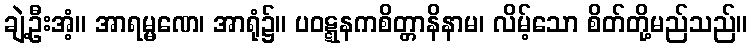
ချဲ့ဦးအံ့။ အာရမ္မဏေ၊ အာရုံ၌။ ပဝဋ္ဋနကစိတ္တာနိနာမ၊ လိမ့်သော စိတ်တို့မည်သည်။